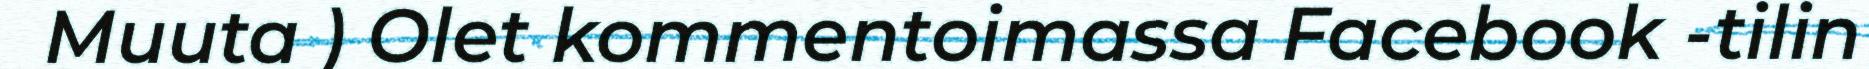
Muuta ) Olet kommentoimassa Facebook -tilin